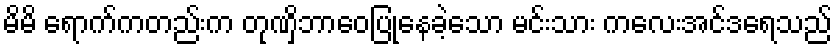
မိမိ ရောက်ကတည်းက တုဏှိဘာဝေပြုနေခဲ့သော မင်းသား ကလေးအင်ဒရေသည်